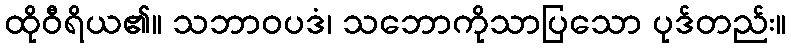
ထိုဝီရိယ၏။ သဘာဝပဒံ၊ သဘောကိုသာပြသော ပုဒ်တည်း။